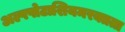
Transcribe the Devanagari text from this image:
अल्पपोटाशियमरक्तता